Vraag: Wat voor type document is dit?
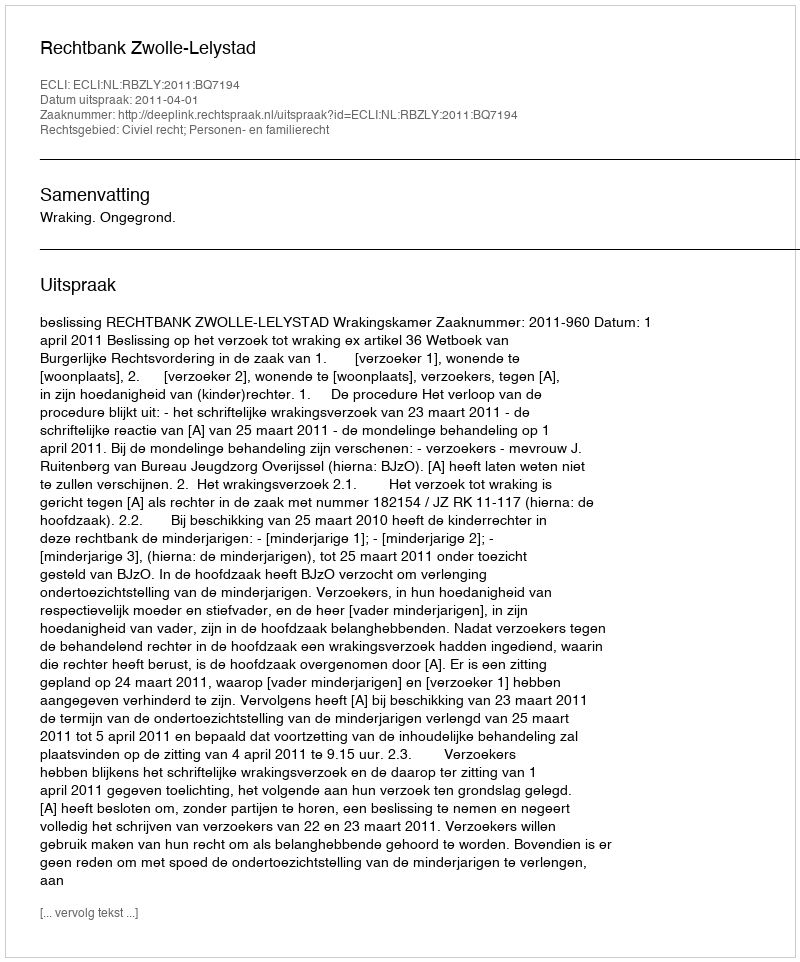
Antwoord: Uitspraak